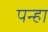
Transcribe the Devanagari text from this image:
पन्हा